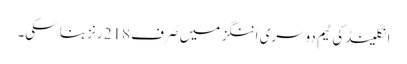
انگلینڈ کی ٹیم دوسری اننگز میں صرف 218 رنز بنا سکی۔